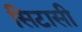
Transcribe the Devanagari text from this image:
सिटासी